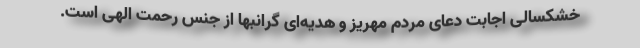
خشکسالی اجابت دعای مردم مهریز و هدیه‌ای گرانبها از جنس رحمت الهی است.